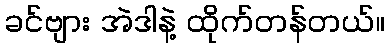
ခင်ဗျား အဲဒါနဲ့ ထိုက်တန်တယ်။